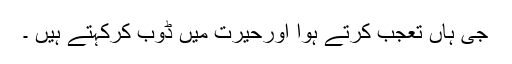
جی ہاں تعجب کرتے ہوا اورحیرت میں ڈوب کرکہتے ہیں ۔